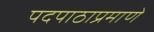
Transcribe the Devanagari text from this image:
पदपाठाप्रमाणें